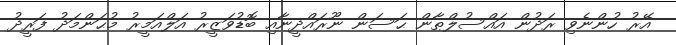
އޭރު ހުންނެވި ރަދުން އައްސުލްޠާން ޙަސަން ނޫރައްދީނާއި ބޮޑުވަޒީރު އަލްއަމީރު މުޙަންމަދު ފަރީދު